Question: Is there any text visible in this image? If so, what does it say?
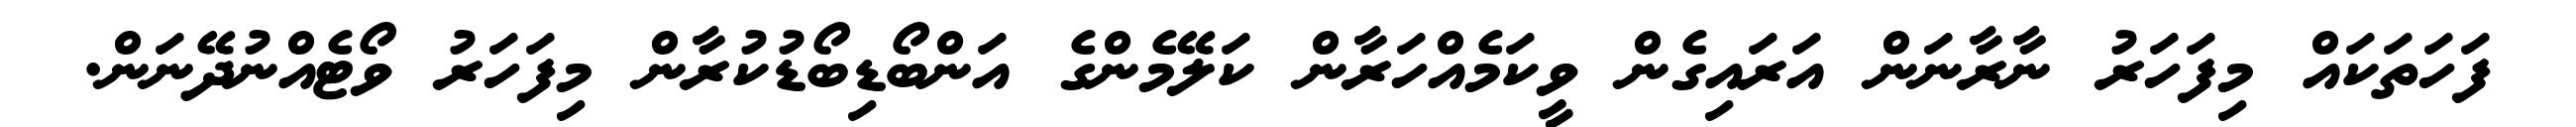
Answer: ފަހަތަކައް މިފަހަރު ނާރާނަން އަރައިގެން ވީކަމެއްހަރާން ކަލޭމެންގެ އަންބޯޑިބޯޑުކުރާން މިފަހަރު ވޯޓެއްނުދޭނަން.